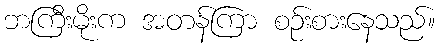
ဘကြီးမိုးက အတန်ကြာ စဉ်းစားနေသည်။